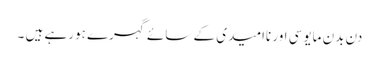
دن بدن مایوسی اور ناامیدی کے سائے گہرے ہورہے ہیں ۔